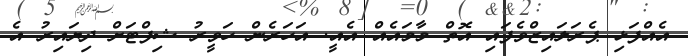
އެއްފަޅި ޕެރަަލައިޒްވެފައި އޮތް މާމައެއް އެއީ. އަހަރެން ހަވީރު ޝިފްޓަށް ދިޔައިރު އެ